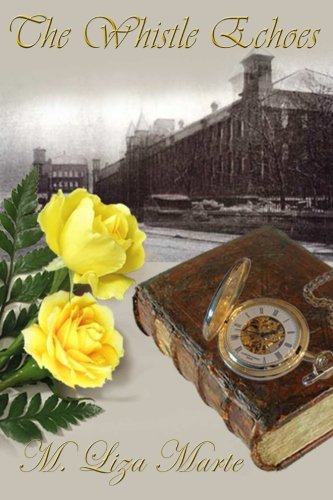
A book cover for The Whistle Echoes: A Sequel to North and South; M. Liza Marte; Romance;